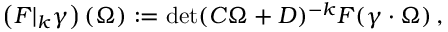
\left( F \vert _ { k } \gamma \right) ( \Omega ) : = \operatorname * { d e t } ( C \Omega + D ) ^ { - k } F ( \gamma \cdot \Omega ) \, ,